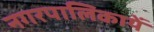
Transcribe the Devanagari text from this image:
नगरपालिकायें